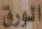
الورق